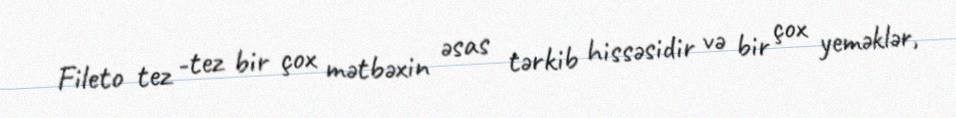
Fileto tez -tez bir çox mətbəxin əsas tərkib hissəsidir və bir çox yeməklər,